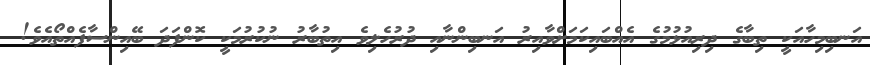
އަނބިމިހާއަކީ ތިބާގެ ދިރިއުޅުމުގެ އެއްބައިކަމަށްވާއިރު އަނބިންނާއި ދުރުހެލިވެ އިތުބާރު ނުކުރުމަކީ ކޮންފަދަ ބޭއިންސާފެއްތޯއެވެ!